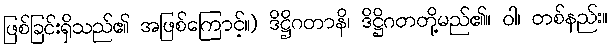
ဖြစ်ခြင်းရှိသည်၏ အဖြစ်ကြောင့်။) ဒိဋ္ဌိဂတာနိ၊ ဒိဋ္ဌိဂတတို့မည်၏။ ဝါ၊ တစ်နည်း။